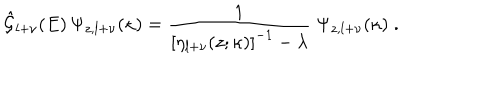
\hat { { \mathcal G } } _ { l + \nu } ( E ) \, \Psi _ { z , l + \nu } ( \kappa ) = \frac { 1 } { \left[ \eta _ { l + \nu } ( z ; \kappa ) \right] ^ { - 1 } - \lambda } \; \Psi _ { z , l + \nu } ( \kappa ) \; .